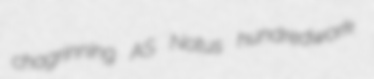
chagrinning AS Notus hundredwork